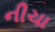
નીચા